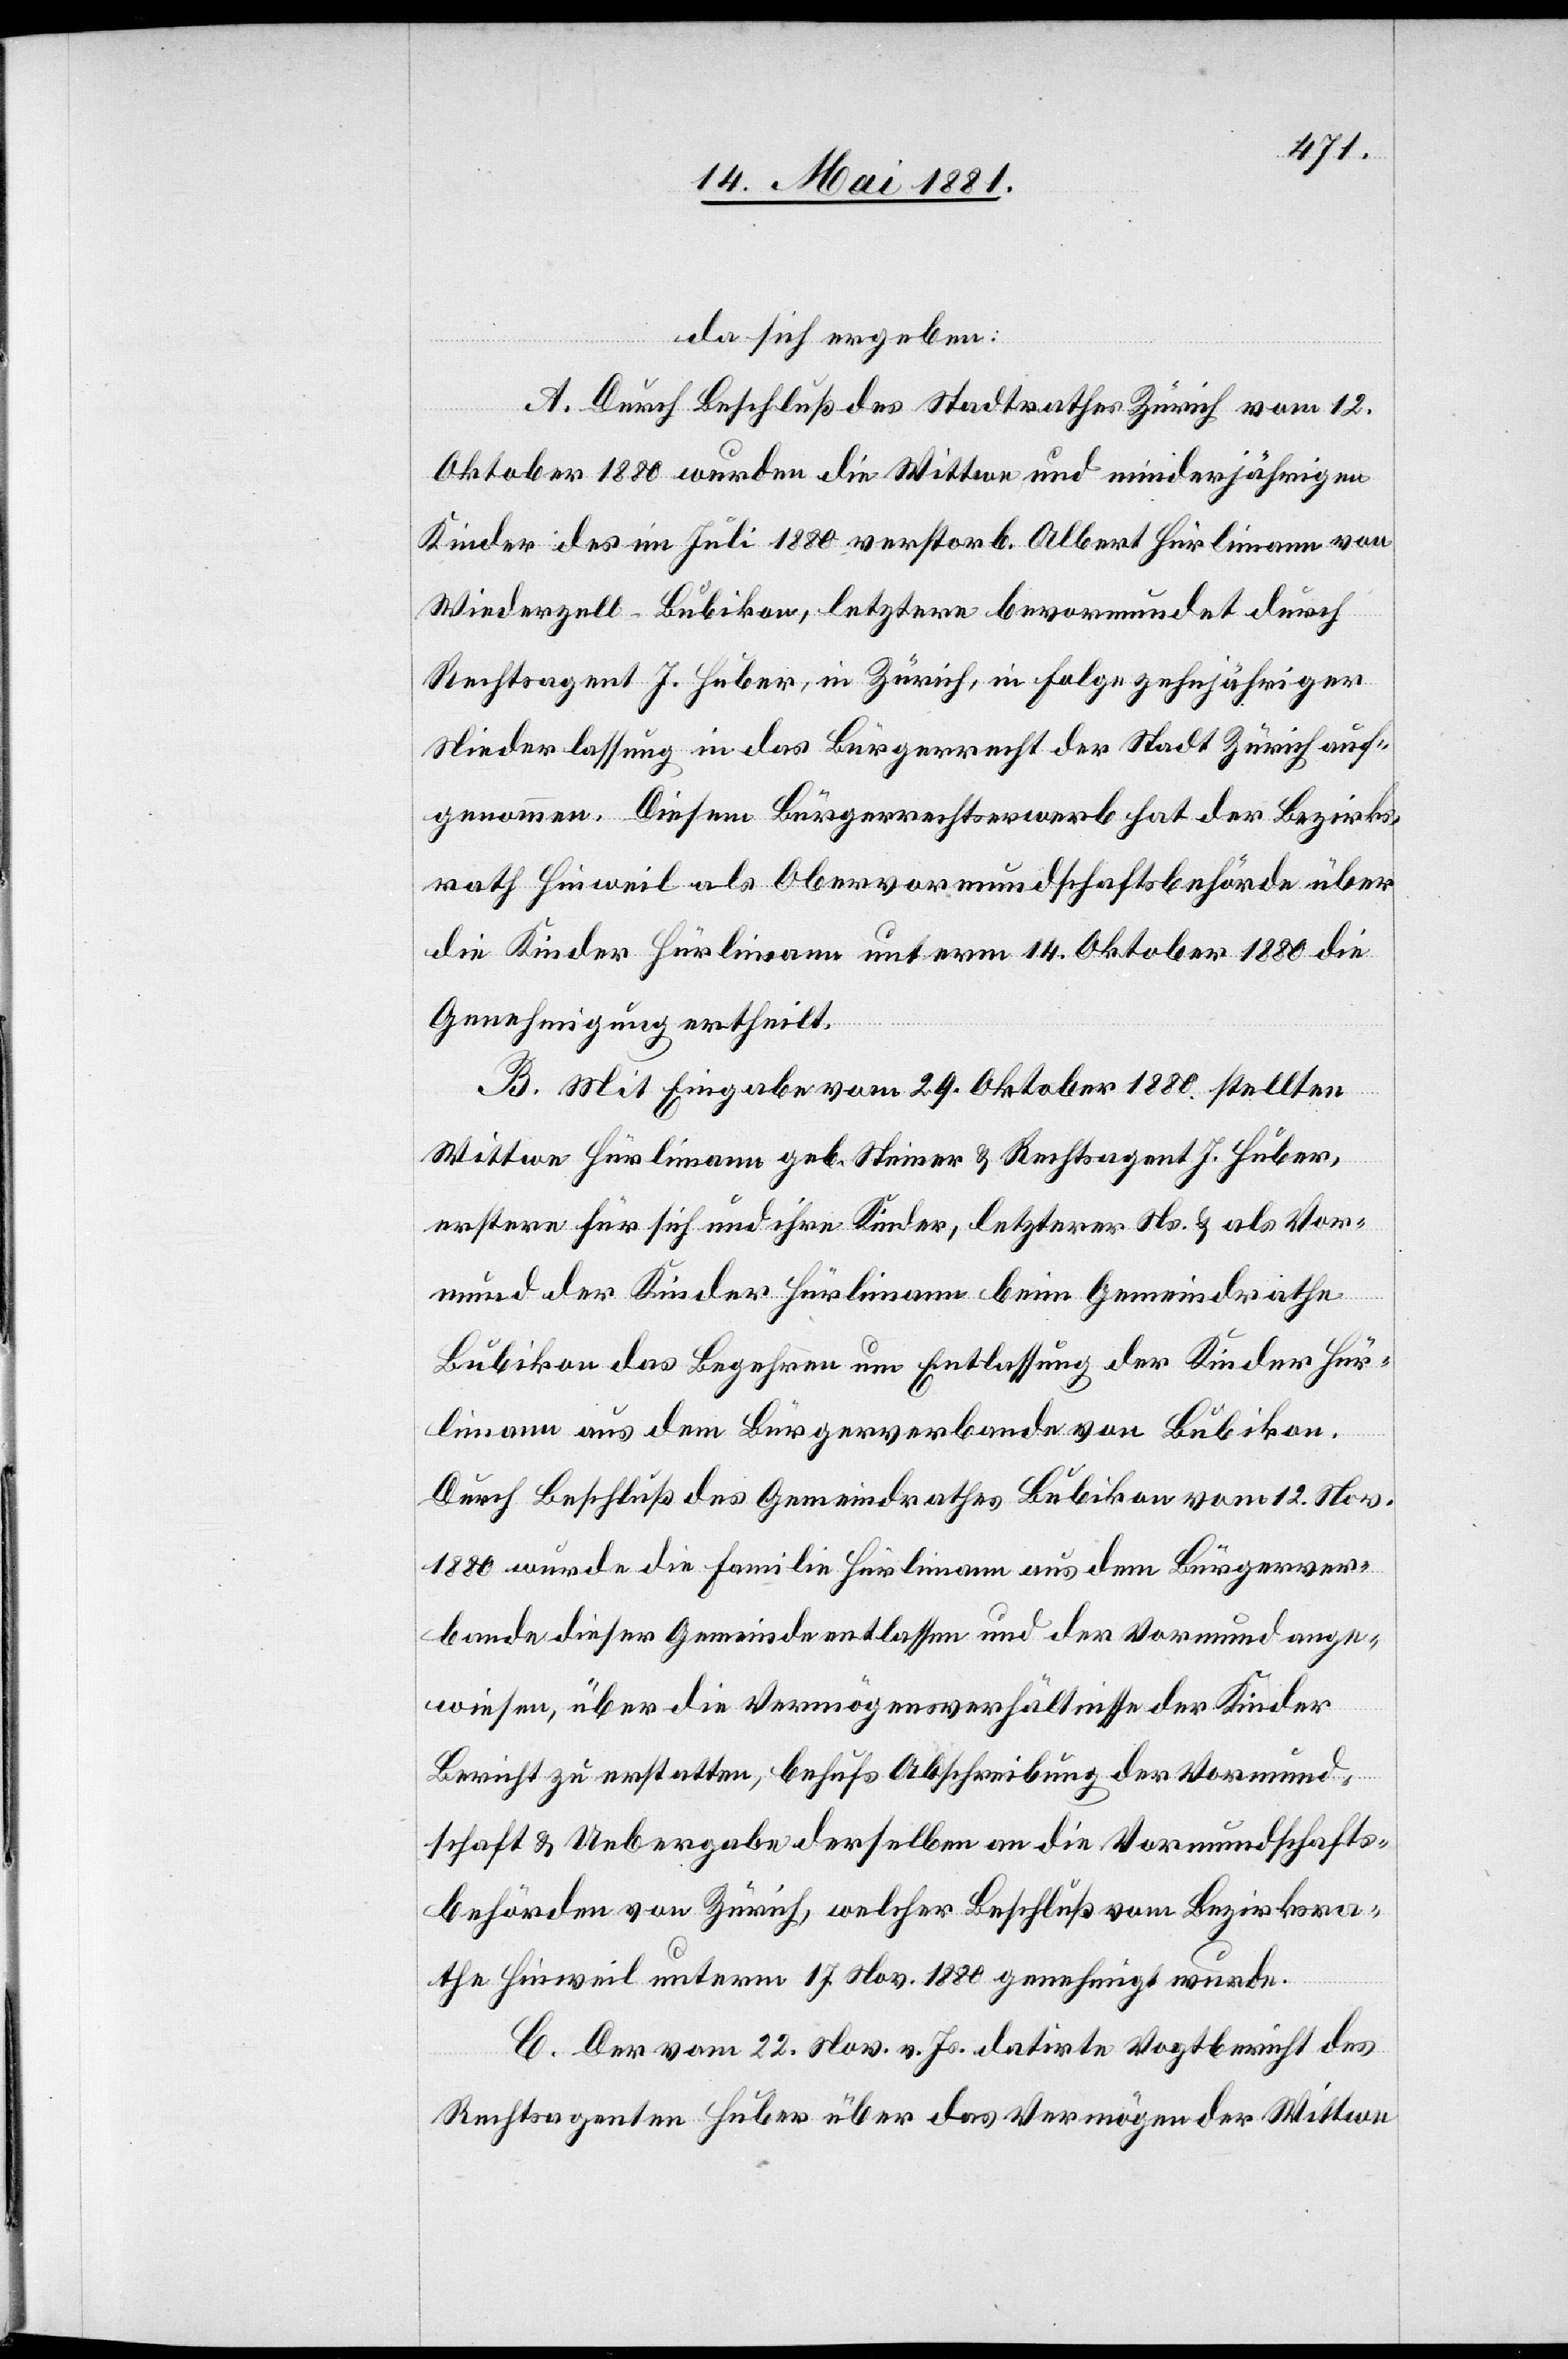
da sich ergeben:
A. Durch Beschluß des Stadtrathes Zürich vom 12.
Oktober 1880 wurde die Wittwe und minderjährigen
Kinder des im Juli 1880 verstorb. Albert Hürlimann von
Wiederzell - Bubikon, letztere bevormundet durch
Rechtsagent J. Huber, in Zürich, in Folge zehnjähriger
Kinderlassung in das Bürgerrecht der Stadt Zürich auf¬
genommen. Diesem Bürgerrechtserwerb hat der Bezirks¬
rath Hinweil als Obervormundschaftsbehörde über
die Kinder Hürlimann unterm 14. Oktober 1880 die
Genehmigung ertheilt.
B. Mit Eingabe vom 24. Oktober 1880 stellten
Wittwe Hürlimann geb. Steiner & Rechtsagent J. Huber,
erstere für sich und ihre Kinder, letzterer Ns. & als Vor¬
mund der Kinder Hürlimann beim Gemeindrathe
Bubikon das Begehren um Entlassung der Kinder Hür¬
limann aus dem Bürgerverbande von Bubikon.
Durch Beschluß des Gemeindrathes Bubikon vom 12. Nov.
1880 wurde die Familie Hürlimann aus dem Bürgerver¬
bande dieser Gemeinde entlassen und der Vormund ange¬
wiesen, über die Vermögensverhältnisse der Kinder
Bericht zu erstatten, behufs Abschreibung der Vormund¬
schaft & Uebergabe derselben an die Vormundschafts¬
behörden von Zürich, welcher Beschluß vom Bezirksra¬
the Hinweil unterm 17. November. 1880 genehmigt wurde.
C. Der vom 22. Nov. 1880 v. Js. datirte Vogtbericht des
Rechtsagenten Huber über das Vermögen der Wittwe